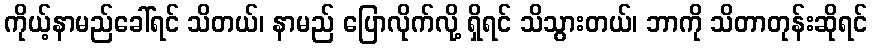
ကိုယ့်နာမည်ခေါ်ရင် သိတယ်၊ နာမည် ပြောလိုက်လို့ ရှိရင် သိသွားတယ်၊ ဘာကို သိတာတုန်းဆိုရင်